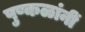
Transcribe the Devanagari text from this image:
पुष्कळांनीं